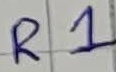
Text: R1